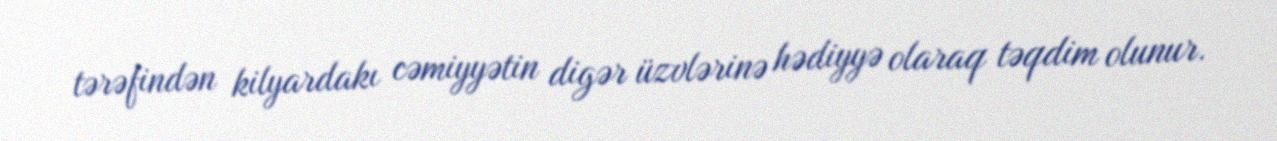
tərəfindən kilyardakı cəmiyyətin digər üzvlərinə hədiyyə olaraq təqdim olunur.